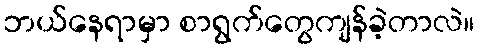
ဘယ်နေရာမှာ စာရွက်တွေကျန်ခဲ့တာလဲ။